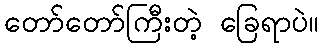
တော်တော်ကြီးတဲ့ ခြေရာပဲ။